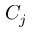
C _ { j }